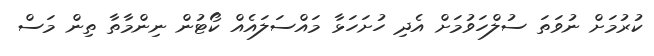
ކުރުމަށް ނުވަތަ ސުލްހަވުމަށް އެދި ހުށަހަޅާ މައްސަލައެއް ކޯޓުން ނިންމާތާ ތިން މަސް